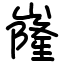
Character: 嶐